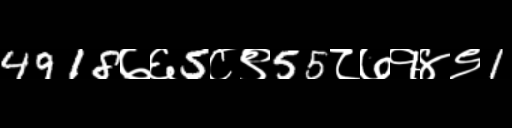
Text: 4918७६5८९55८७१४९1